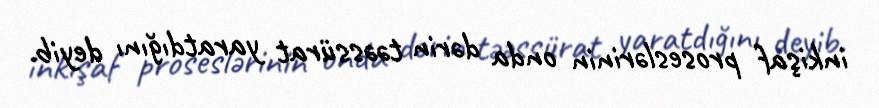
inkişaf proseslərinin onda dərin təəssürat yaratdığını deyib.